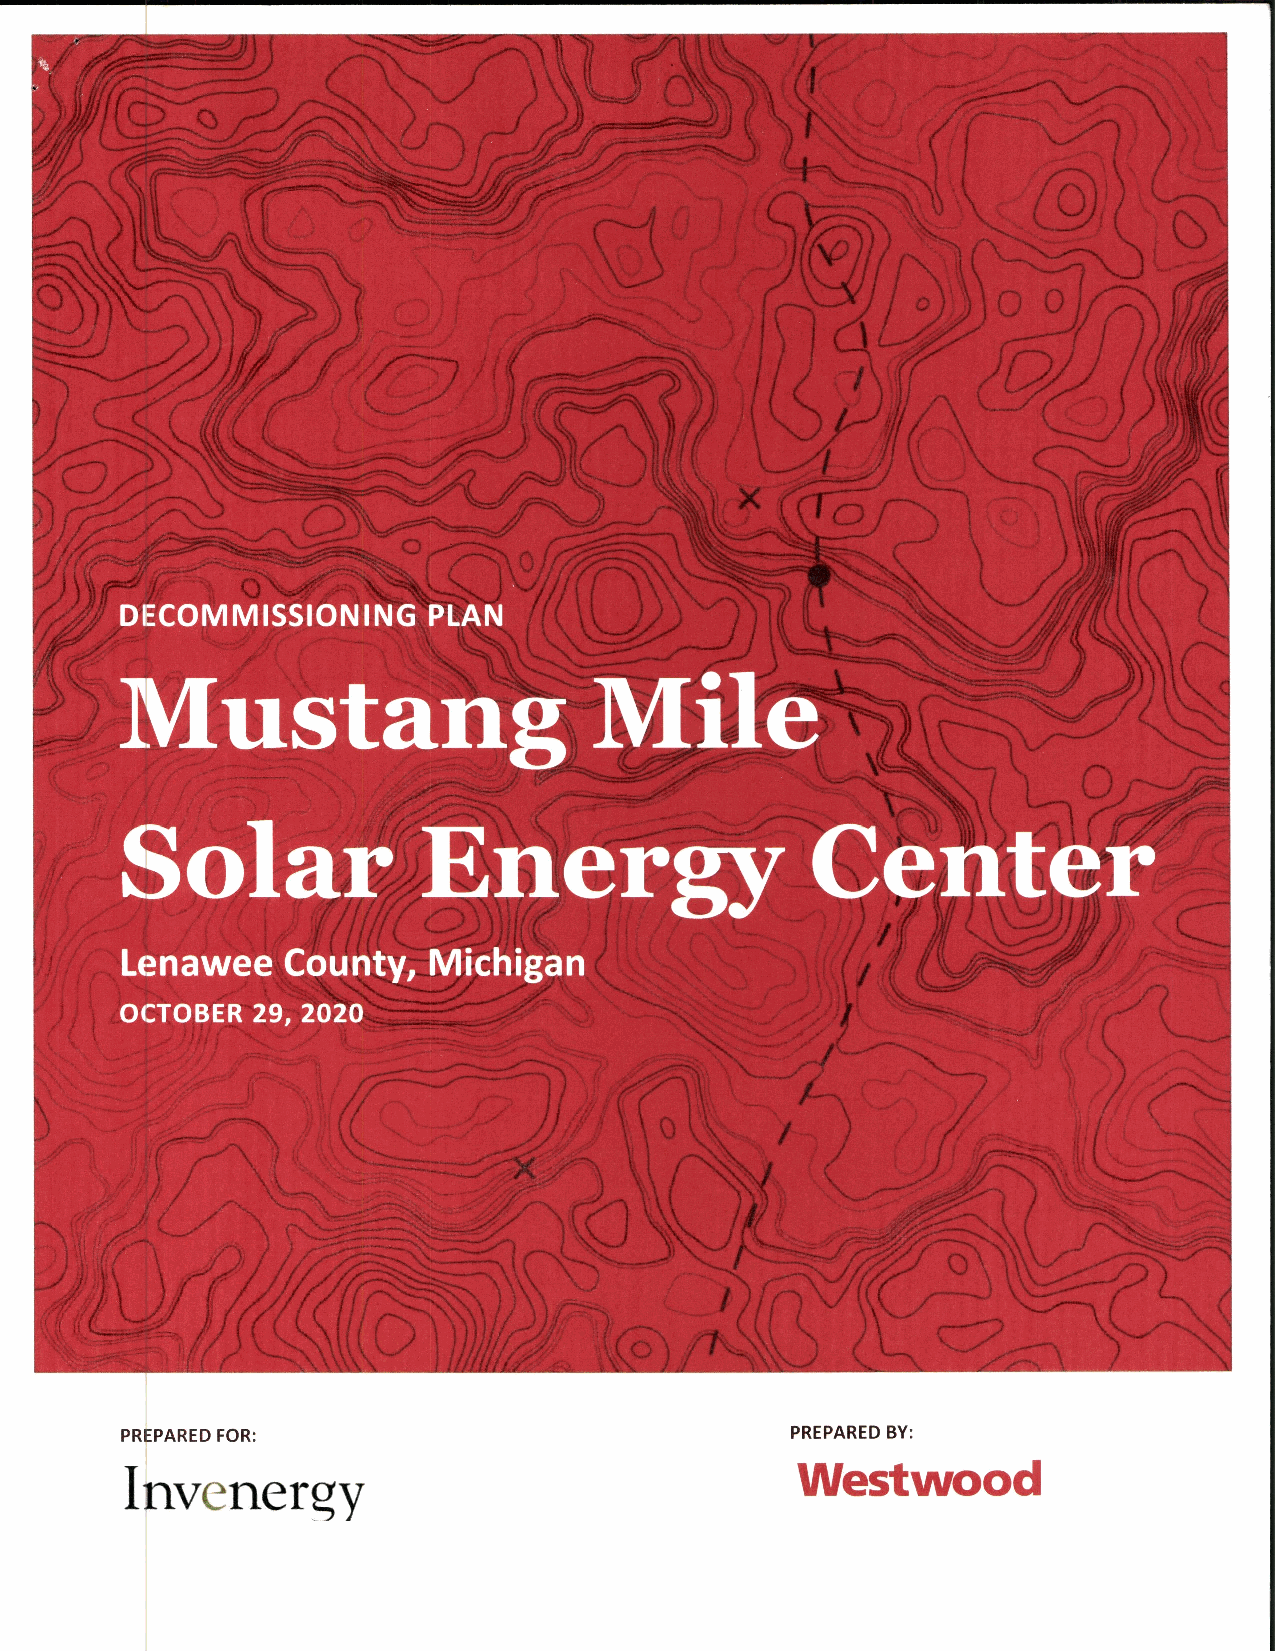
L—T;\
 N\,„,,,,  MN
 C) 1    n
 V
 1„,-;:...:--,:` 1:..7 .,2 „ ; - ._---- 7,-- K-s,‘' 7 \ ..," / 1--, y. i 0 D ,...
 401
 DECOMMISSIONING     PLAN    ti ‘ •  ) '''
 1 ((
 Mustang                        mile             ,'.-
 1,c,„\\,.....„-,,
 jit
 0  ______„____.,/,-----:..,„.
 A
 Solar                                         center
 Energy
 Lenawee    County,  Michigan
 OCTOBER  29, 2020
 PREPARED FOR:                               PREPARED BY:
 Westwood
 I
 nVc  fle ray